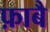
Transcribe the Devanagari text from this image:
फ़ाबै